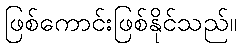
ဖြစ်ကောင်းဖြစ်နိုင်သည်။